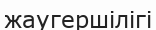
жаугершілігі